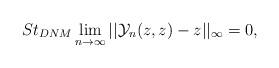
LaTeX: \begin{align*} St_{DNM}\lim_{n\rightarrow \infty}||\mathcal{Y}_{n}(z,z)-z||_{\infty}=0, \end{align*}